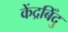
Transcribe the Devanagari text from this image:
केंद्रबिँदु